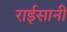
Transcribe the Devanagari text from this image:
राईसानी